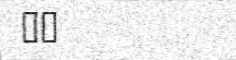
٥١